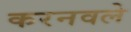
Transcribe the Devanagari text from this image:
करनवले